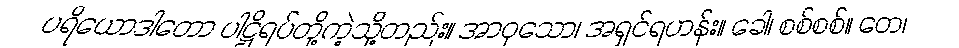
ပရိယောဒါတော ပါဋ္ဌိရပ်တို့ကဲ့သို့တည်း။ အာဝုသော၊ အရှင်ရဟန်း။ ခေါ၊ စစ်စစ်။ တေ၊